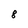
Character: 8